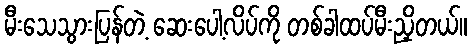
မီးသေသွားပြန်တဲ့ ဆေးပေါ့လိပ်ကို တစ်ခါထပ်မီးညှိတယ်။